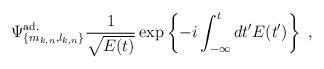
LaTeX: \begin{align*}\Psi^{{\rm ad.}}_{\{m_{k,n},l_{k,n}\}} \frac{1}{\sqrt{E(t)}}\exp\left\{ -i \int_{-\infty}^{t} dt' E(t')\right\}\ ,\end{align*}